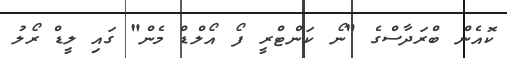
ކޮއެން ބްރަދާސްގެ "ނޯ ކަންޓްރީ ފޯ އޯލްޑް މެން" ގައި ލީޑް ރޯލު